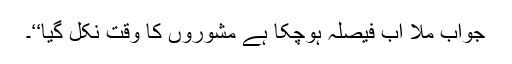
جواب ملا اب فیصلہ ہوچکا ہے مشوروں کا وقت نکل گیا‘‘۔